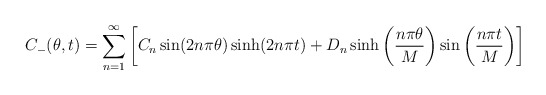
\begin{align*}\begin{aligned}C_-(\theta,t)= \sum_{n=1}^{\infty}\left[C_n \sin(2n\pi\theta)\sinh(2n\pi t)+D_n \sinh\left(\frac{n\pi\theta}{M}\right)\sin\left(\frac{n\pi t}{M}\right)\right]\\\end{aligned}\end{align*}